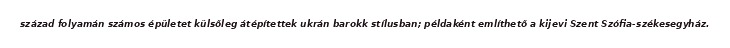
század folyamán számos épületet külsőleg átépítettek ukrán barokk stílusban; példaként említhető a kijevi Szent Szófia-székesegyház.